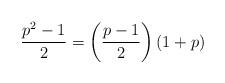
LaTeX: \begin{align*}\frac{p^2-1}{2}=\left(\frac{p-1}{2}\right)(1+p)\end{align*}